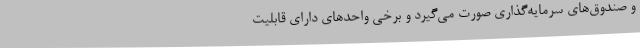
و صندوق‌های سرمایه‌گذاری صورت می‌گیرد و برخی واحدهای دارای قابلیت